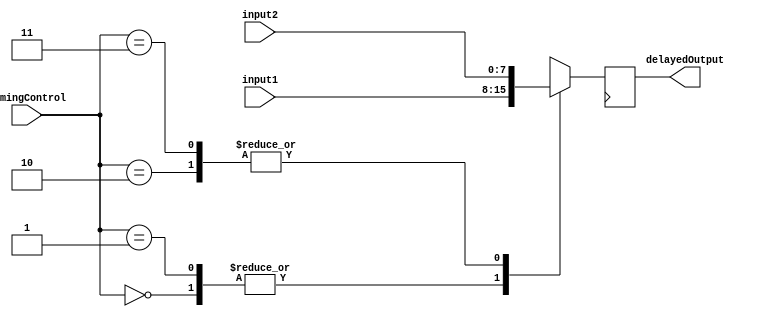
module TimingControlandSyncBlocks (
  input wire [7:0] input1,
  input wire [7:0] input2,
  input wire [1:0] timingControl,
  output reg [7:0] delayedOutput
);

always @ (posedge clk) begin
  case (timingControl)
    2'b00: delayedOutput <= input1; // no delay
    2'b01: delayedOutput <= #10 input1; // delay by 10 time units
    2'b10: delayedOutput <= #5 input2; // delay by 5 time units
    2'b11: delayedOutput <= #15 input2; // delay by 15 time units
  endcase
end

endmodule